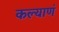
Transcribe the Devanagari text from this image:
कल्याणं